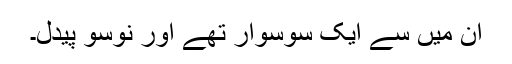
ان میں سے ایک سوسوار تھے اور نوسو پیدل۔